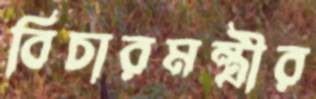
বিচারমন্ত্রীর